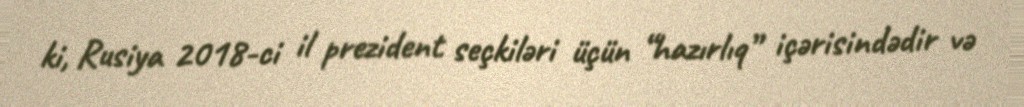
ki, Rusiya 2018-ci il prezident seçkiləri üçün “hazırlıq” içərisindədir və